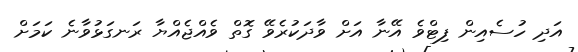
އަދި ހުސެއިން ފިޓްވެ އޭނާ އަށް ވާދަކުރެވޭ ގޮތް ވެއްޖެއްޔާ ރަނގަޅުވާނެ ކަމަށް